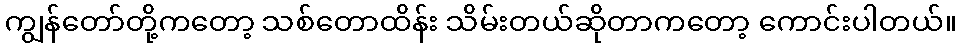
ကျွန်တော်တို့ကတော့ သစ်တောထိန်း သိမ်းတယ်ဆိုတာကတော့ ကောင်းပါတယ်။